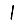
Digit: 1